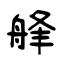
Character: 艂